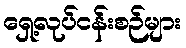
ရှေ့လုပ်ငန်းစဉ်များ